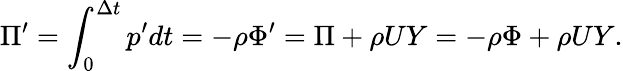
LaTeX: \Pi^{\prime}=\int_{0}^{\Delta t}p^{\prime}dt=-\rho\Phi^{\prime}=\Pi+\rho UY=-\rho\Phi+\rho UY.